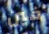
فين